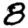
Digit: 8